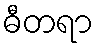
ဓီတရာ